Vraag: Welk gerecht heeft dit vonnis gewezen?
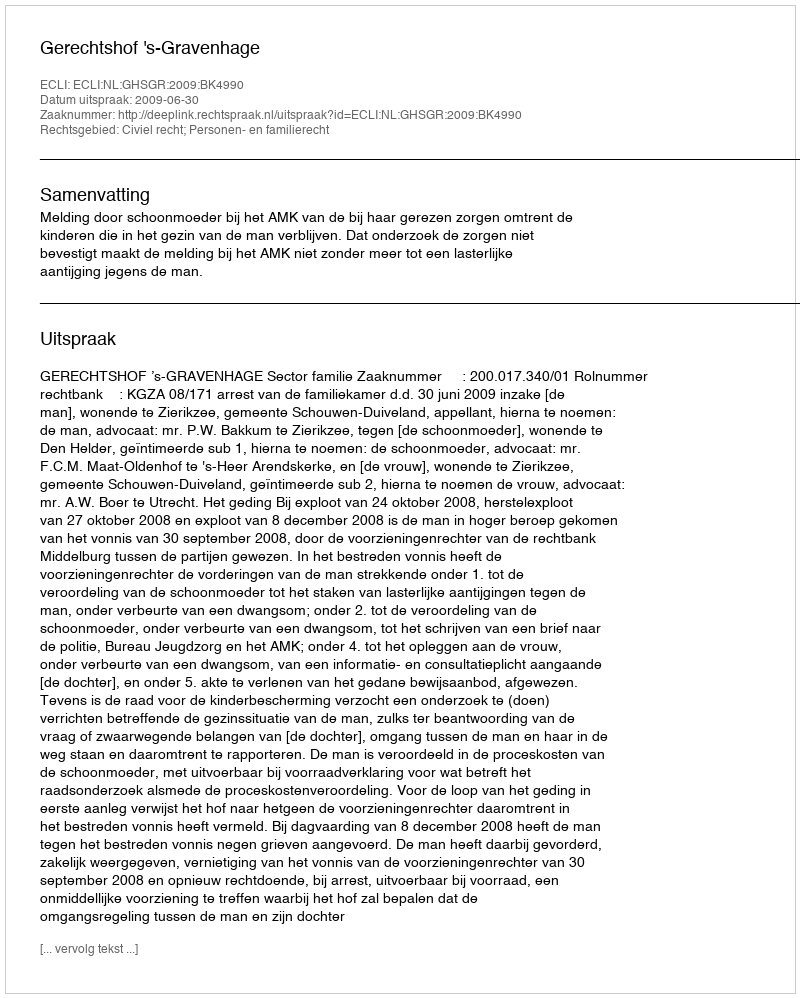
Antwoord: Gerechtshof 's-Gravenhage